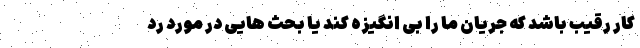
کار رقیب باشد که جریان ما را بی انگیزه کند یا بحث هایی در مورد رد